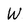
Character: W